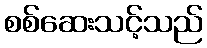
စစ်ဆေးသင့်သည်